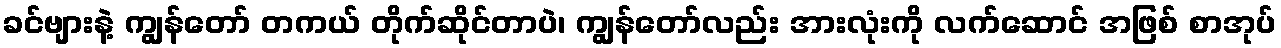
ခင်ဗျားနဲ့ ကျွန်တော် တကယ် တိုက်ဆိုင်တာပဲ၊ ကျွန်တော်လည်း အားလုံးကို လက်ဆောင် အဖြစ် စာအုပ်